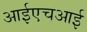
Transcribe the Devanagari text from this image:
आईएचआई